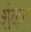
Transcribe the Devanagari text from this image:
शंकट